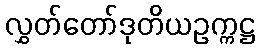
လွှတ်တော်ဒုတိယဥက္ကဋ္ဌ